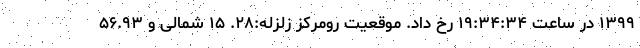
۱۳۹۹ در ساعت ۱۹:۳۴:۳۴ رخ داد. موقعیت رومرکز زلزله:۲۸. ۱۵ شمالی و ۵۶.۹۳